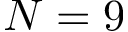
{ N = 9 }